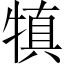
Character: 𤛇